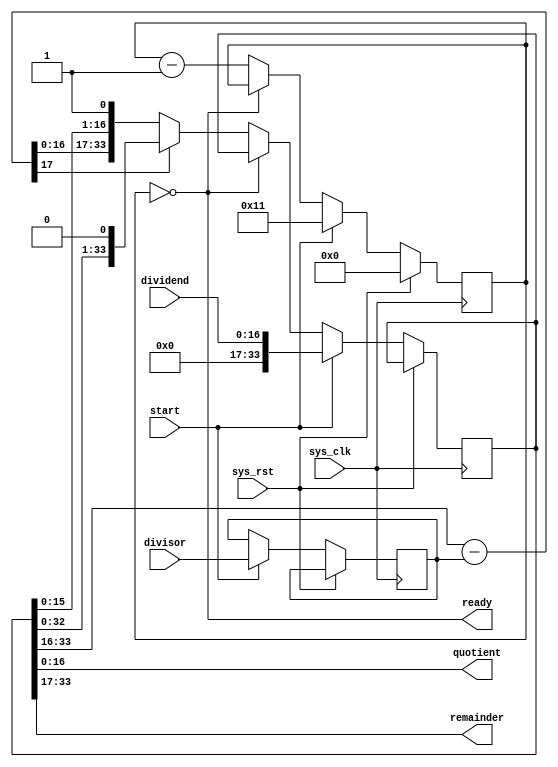
module tmu2_divider17(
	input sys_clk,
	input sys_rst,

	input start,
	input [16:0] dividend,
	input [16:0] divisor,
	
	output ready,
	output [16:0] quotient,
	output [16:0] remainder
);

reg [33:0] qr;

assign remainder = qr[33:17];
assign quotient = qr[16:0];

reg [4:0] counter;
assign ready = (counter == 5'd0);

reg [16:0] divisor_r;

wire [17:0] diff = qr[33:16] - {1'b0, divisor_r};

always @(posedge sys_clk) begin
	if(sys_rst)
		counter = 5'd0;
	else begin
		if(start) begin
			counter = 5'd17;
			qr = {17'd0, dividend};
			divisor_r = divisor;
		end else begin
			if(~ready) begin
				if(diff[17])
					qr = {qr[32:0], 1'b0};
				else
					qr = {diff[16:0], qr[15:0], 1'b1};
				counter = counter - 5'd1;
			end
		end
	end
end

endmodule